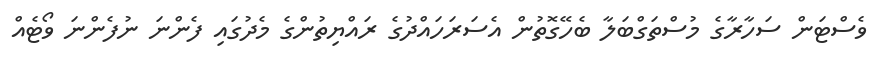
ވެސްޓަން ސަހާރާގެ މުސްތަގްބަލާ ބެހޭގޮތުން އެސަރަހައްދުގެ ރައްޔިތުންގެ މެދުގައި ފެންނަ ނުފެންނަ ވޯޓެއް